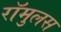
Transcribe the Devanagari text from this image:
रॉमुलस